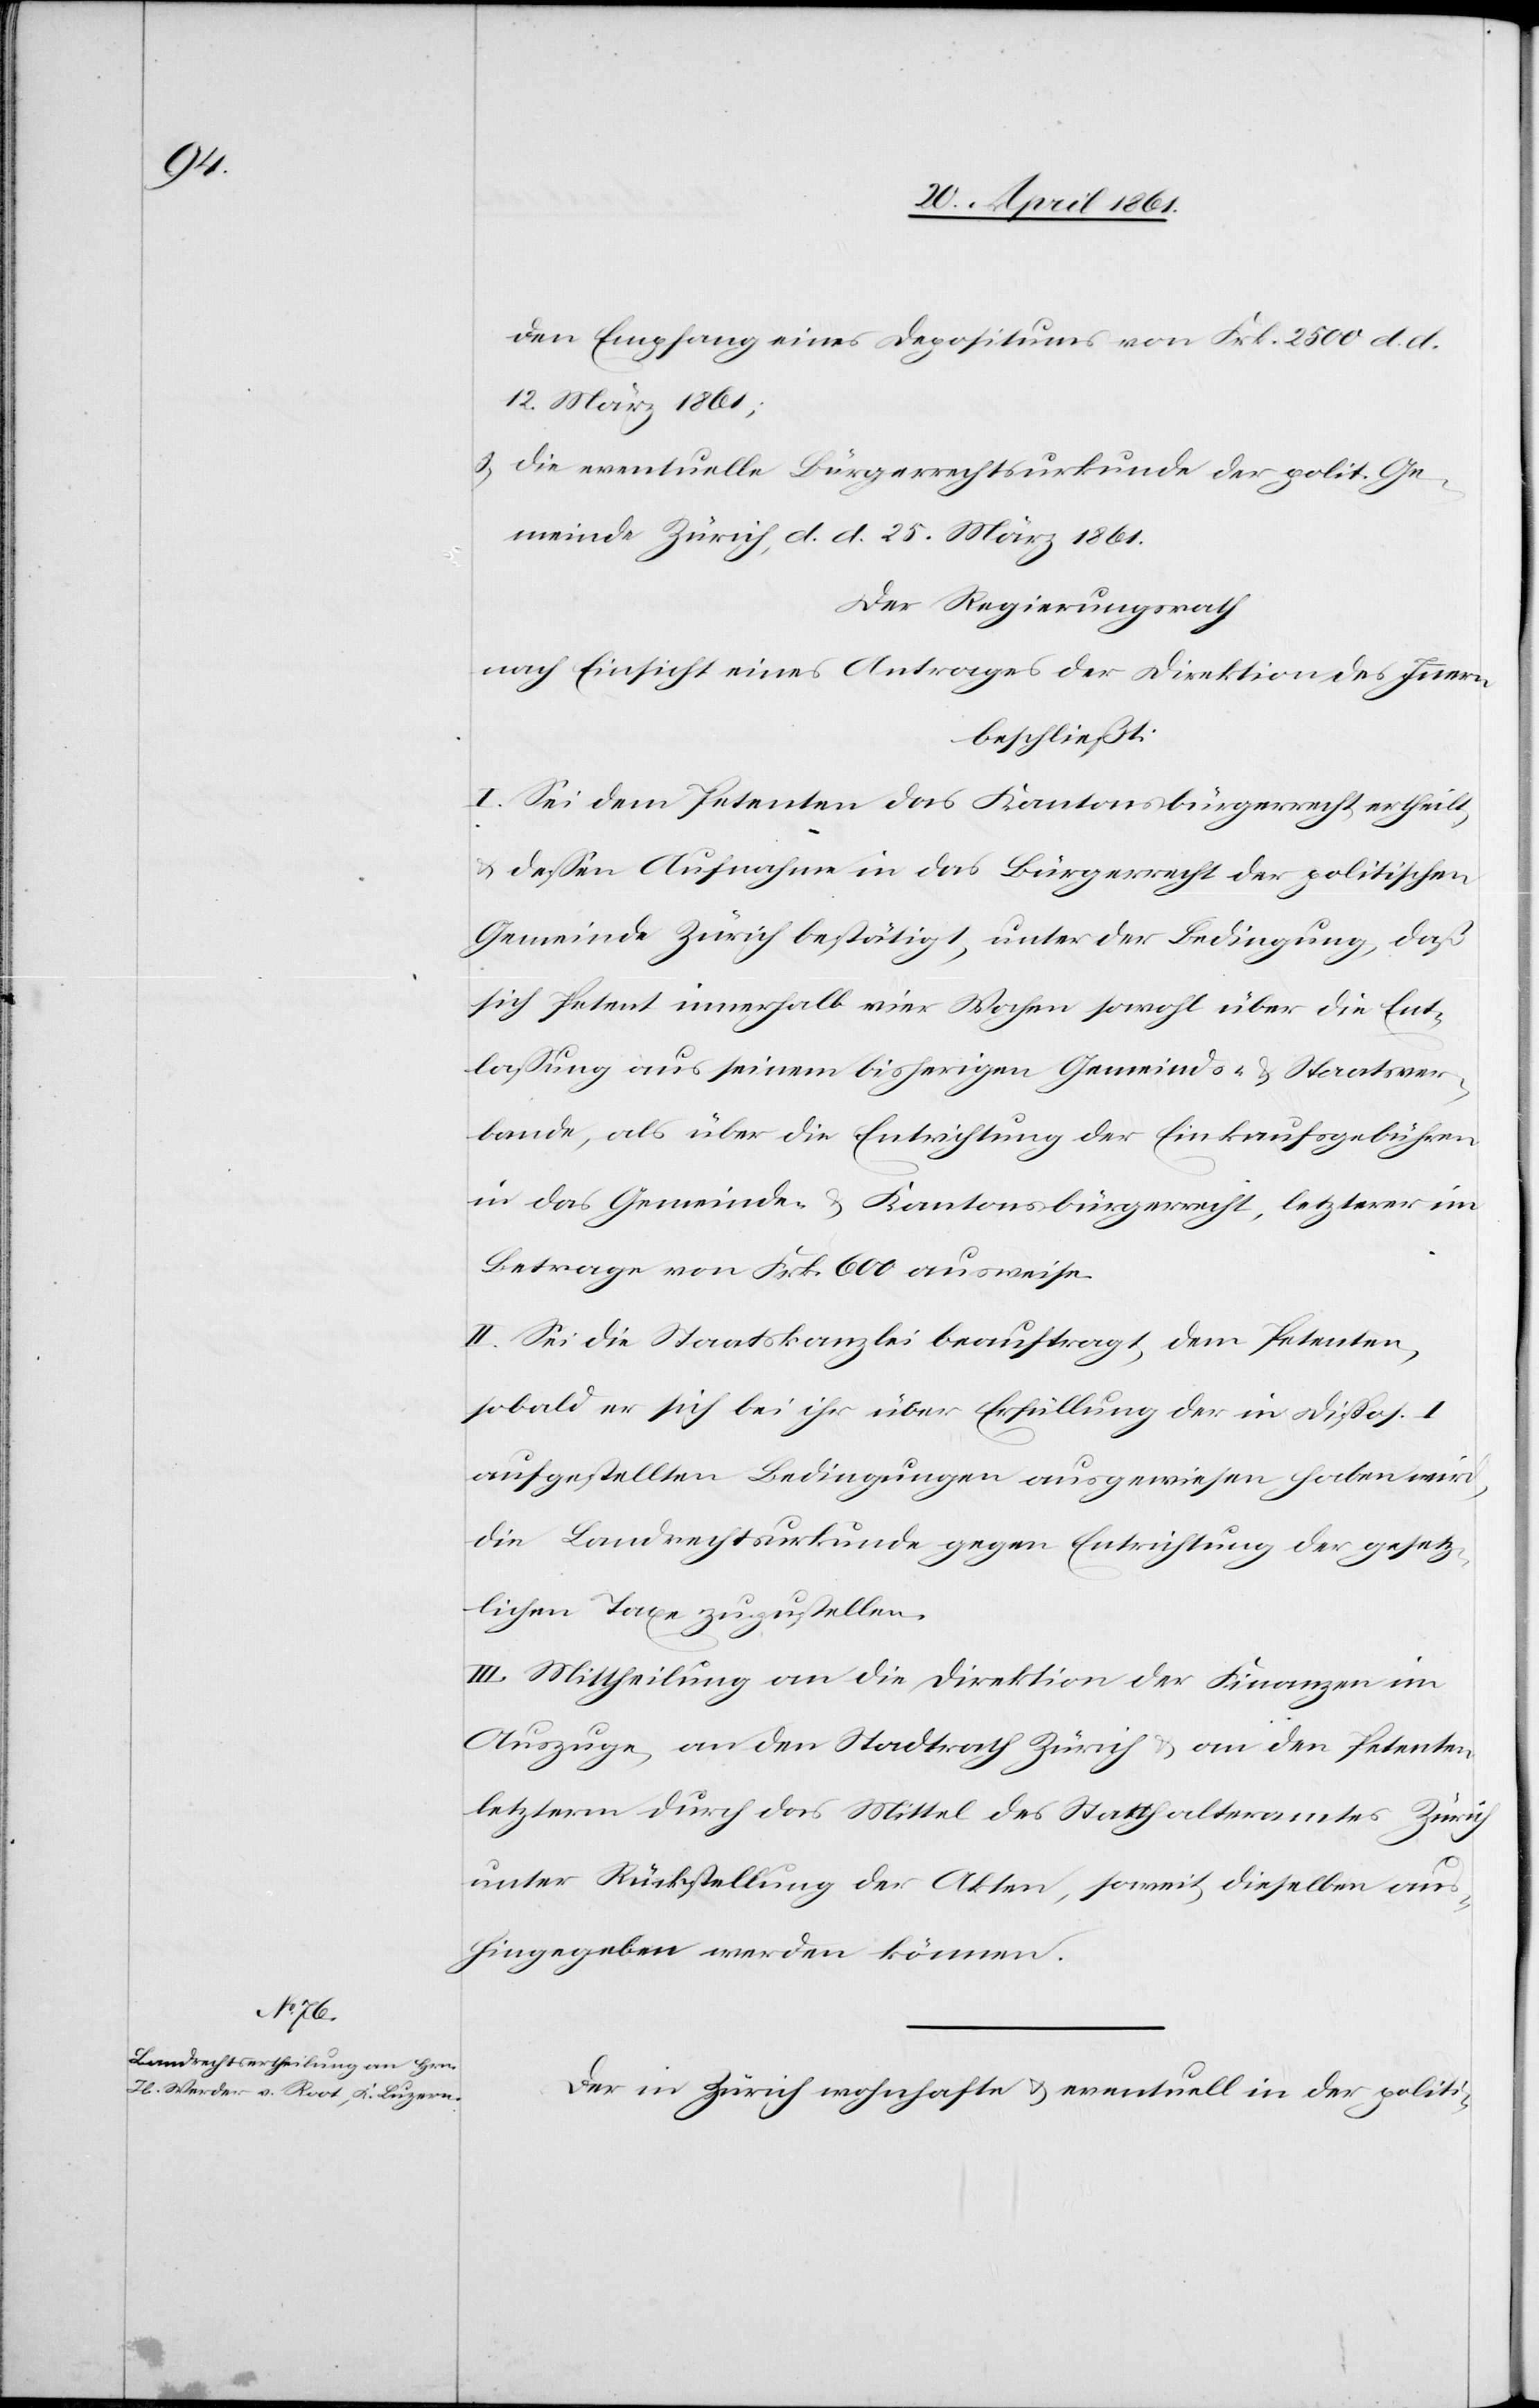
den Empfang eines Depositums von Frk. 2500 d.
12. März 1861;
5. die eventuelle Bürgerrechtsurkunde der polit. Ge¬
meinde Zürich, d. d. 25. März 1861.
Der Regierungsrath
nach Einsicht eines Antrages der Direktion des Innern
beschließt:
I. Sei dem Petenten das Kantonsbürgerrecht ertheilt
u. dessen Aufnahme in das Bürgerrecht der politischen
Gemeinde Zürich bestätigt, unter der Bedingung, daß
sich Petent innerhalb vier Wochen sowohl über die Ent¬
lassung aus seinem bisherigen Gemeinds- u. Staatsver¬
bande, als über die Entrichtung der Einkaufsgebühren
in das Gemeinde- u. Kantonsbürgerrecht, letzterer im
Betrage von Frk. 600 ausweise.
II. Sei die Staatskanzlei beauftragt, dem Petenten,
sobald er sich bei ihr über Erfüllung der in Dispos. I.
aufgestellten Bedingungen ausgewiesen haben wird,
die Landrechtsurkunde gegen Entrichtung der gesetz¬
lichen Taxe zuzustellen.
III. Mittheilung an die Direktion der Finanzen im
Auszuge, an den Stadtrath Zürich u. an den Petenten,
letzterm durch das Mittel des Statthalteramtes Zürich
unter Rückstellung der Akten, soweit dieselben aus¬
hingegeben werden können.
Der in Zürich wohnhafte u. eventuell in der politi-